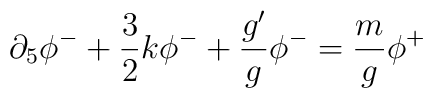
\partial_5\phi^-+ \frac{3}{2}k \phi^- +\frac{g'}{g}\phi^-=\frac{m}{g}\phi^+